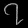
Digit: ၇